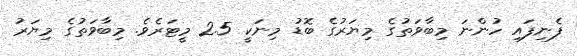
ފެނިފައި ހުންނަ މިބާވަތުގެ މިޔަރުގެ ބޮޑު މިނަކީ 2.5 މީޓަރެވެ. މިބާވަތުގެ މިޔަރު